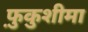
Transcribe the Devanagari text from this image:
फ़ुकुशीमा